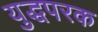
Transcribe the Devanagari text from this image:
युद्धपरक